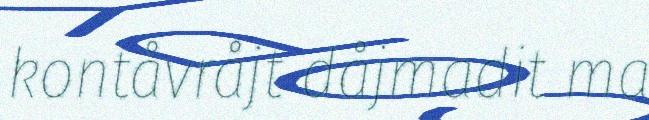
kontåvråjt dåjmadit ma